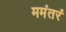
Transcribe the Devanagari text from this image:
ममंतरं